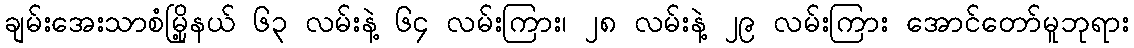
ချမ်းအေးသာစံမြို့နယ် ၆၃ လမ်းနဲ့ ၆၄ လမ်းကြား၊ ၂၈ လမ်းနဲ့ ၂၉ လမ်းကြား အောင်တော်မူဘုရား